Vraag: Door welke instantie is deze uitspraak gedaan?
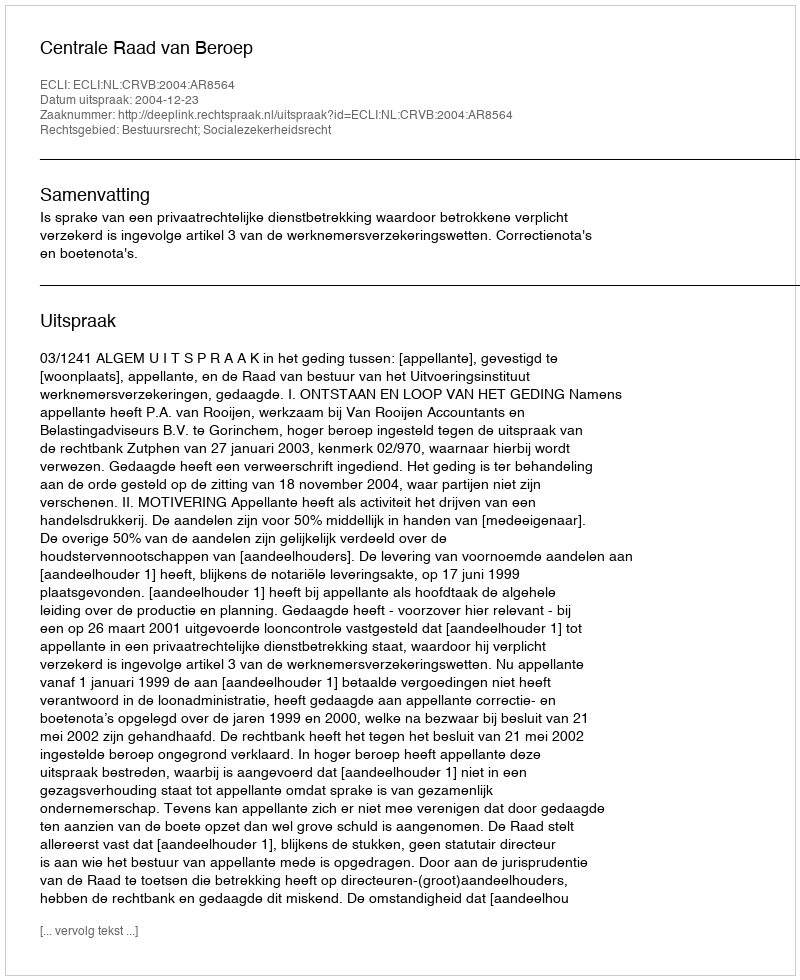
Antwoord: Centrale Raad van Beroep